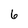
Character: 6